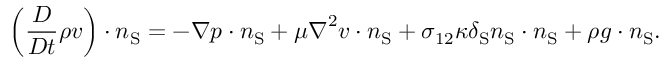
\left( \frac { D } { D t } \rho \boldsymbol { v } \right) \cdot \boldsymbol { n } _ { \mathrm { { S } } } = - \boldsymbol { \nabla } p \cdot \boldsymbol { n } _ { \mathrm { S } } + \mu \boldsymbol { \nabla } ^ { 2 } \boldsymbol { v } \cdot \boldsymbol { n } _ { \mathrm { { S } } } + \sigma _ { 1 2 } \kappa \delta _ { \mathrm { S } } \boldsymbol { n } _ { \mathrm { { S } } } \cdot \boldsymbol { n } _ { \mathrm { S } } + \rho \boldsymbol { g } \cdot \boldsymbol { n } _ { \mathrm { { S } } } .